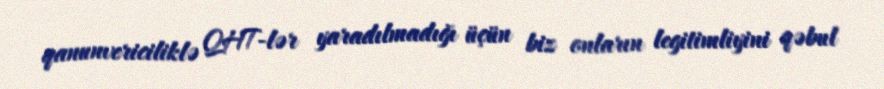
qanunvericiliklə QHT-lər yaradılmadığı üçün biz onların legitimliyini qəbul